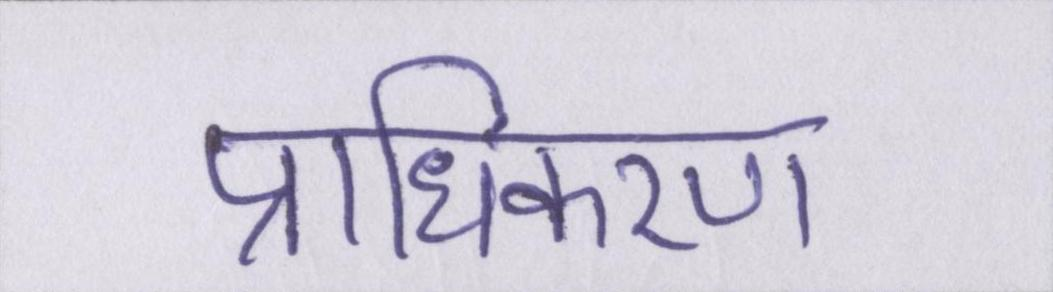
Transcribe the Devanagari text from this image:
प्राधिकरण